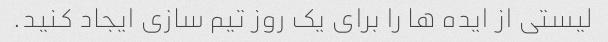
لیستی از ایده ها را برای یک روز تیم سازی ایجاد کنید.